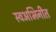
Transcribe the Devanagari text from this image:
स्वअभिनीत